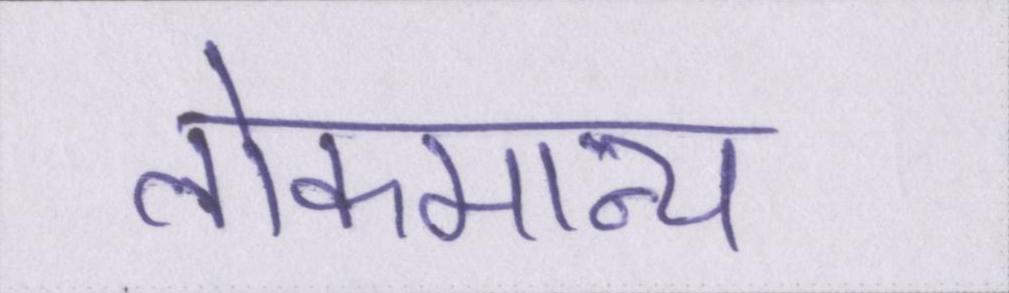
लोकमान्य